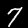
Label: 7